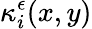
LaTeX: \kappa_{i}^{\epsilon}(x,y)